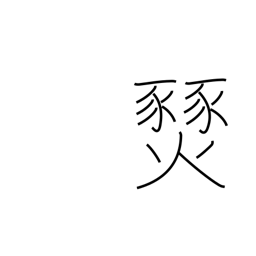
Meaning: prairie fire